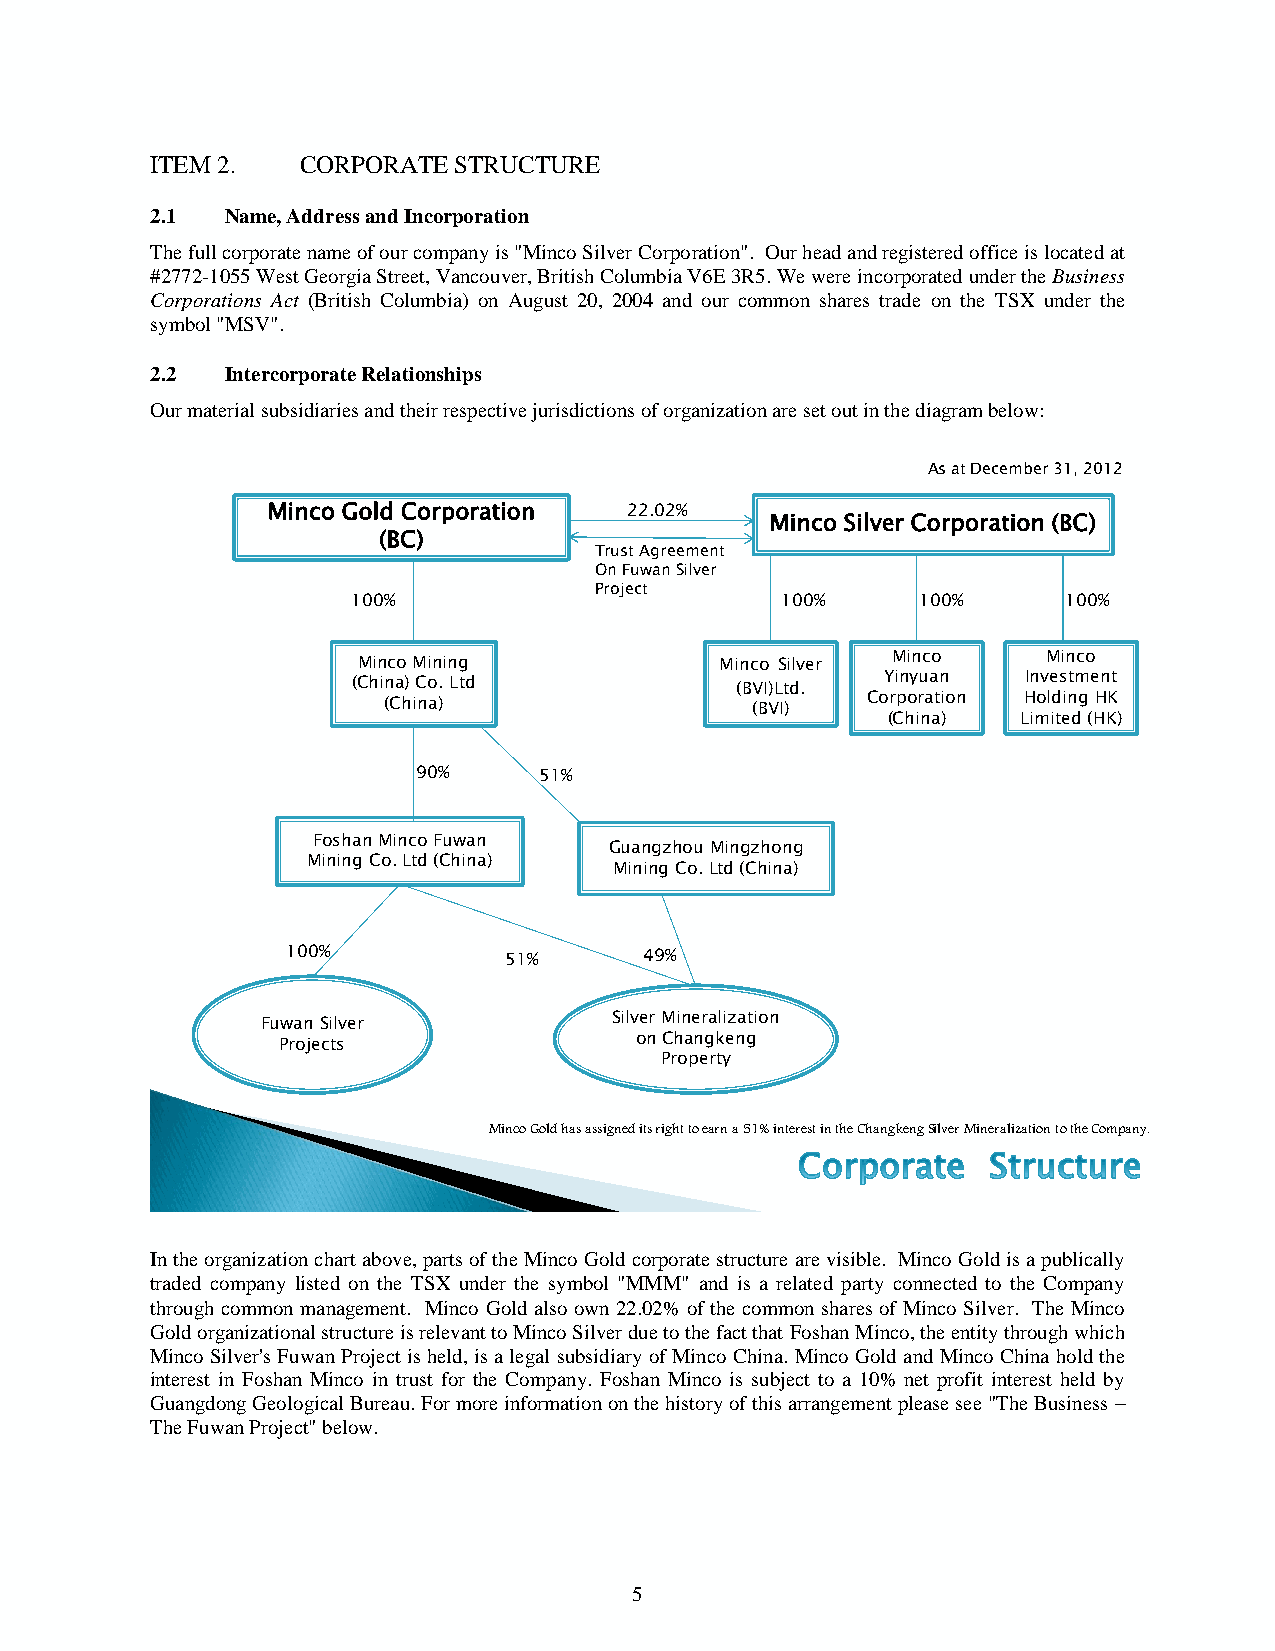
ITEM 2.   CORPORATE STRUCTURE
 2.1  Name, Address and Incorporation
 The full corporate name of our company is "Minco Silver Corporation". Our head and registered office is located at
 #2772-1055 West Georgia Street, Vancouver, British Columbia V6E 3R5. We were incorporated under the Business
 Corporations Act (British Columbia) on August 20, 2004 and our common shares trade on the TSX under the
 symbol "MSV".
 2.2  Intercorporate Relationships
 Our material subsidiaries and their respective jurisdictions of organization are set out in the diagram below:
 As at December 31, 2012
 Minco Gold Corporation  22.02%
 Minco Silver Corporation (BC)
 (BC)
 Trust Agreement
 On FuwanSilver
 Project
 100%                         100%     100%      100%
 Minco     Minco
 Minco Mining            Minco Silver
 (China) Co. Ltd           (BVI)Ltd. Yinyuan  Investment
 (China)                  (BVI)  Corporation Holding HK
 (China)  Limited (HK)
 90%     51%
 FoshanMinco Fuwan
 Guangzhou Mingzhong
 Mining Co. Ltd (China)
 Mining Co. Ltd (China)
 100%          51%       49%
 FuwanSilver            Silver Mineralization
 Projects                on Changkeng
 Property
 Minco Gold has assigned its right to earn a 51% interest in the ChangkengSilver Mineralization to the Company.
 In the organization chart above, parts of the Minco Gold corporate structure are visible. Minco Gold is a publically
 traded company listed on the TSX under the symbol "MMM" and is a related party connected to the Company
 through common management. Minco Gold also own 22.02% of the common shares of Minco Silver. The Minco
 Gold organizational structure is relevant to Minco Silver due to the fact that Foshan Minco, the entity through which
 Minco Silver's Fuwan Project is held, is a legal subsidiary of Minco China. Minco Gold and Minco China hold the
 interest in Foshan Minco in trust for the Company. Foshan Minco is subject to a 10% net profit interest held by
 Guangdong Geological Bureau. For more information on the history of this arrangement please see "The Business –
 The Fuwan Project" below.
 5